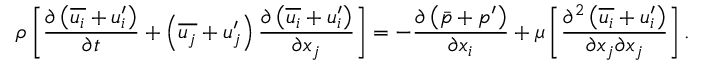
\rho \left[ { \frac { \partial \left( { \overline { { u _ { i } } } } + u _ { i } ^ { \prime } \right) } { \partial t } } + \left( { \overline { { u _ { j } } } } + u _ { j } ^ { \prime } \right) { \frac { \partial \left( { \overline { { u _ { i } } } } + u _ { i } ^ { \prime } \right) } { \partial x _ { j } } } \right] = - { \frac { \partial \left( { \bar { p } } + p ^ { \prime } \right) } { \partial x _ { i } } } + \mu \left[ { \frac { \partial ^ { 2 } \left( { \overline { { u _ { i } } } } + u _ { i } ^ { \prime } \right) } { \partial x _ { j } \partial x _ { j } } } \right] .